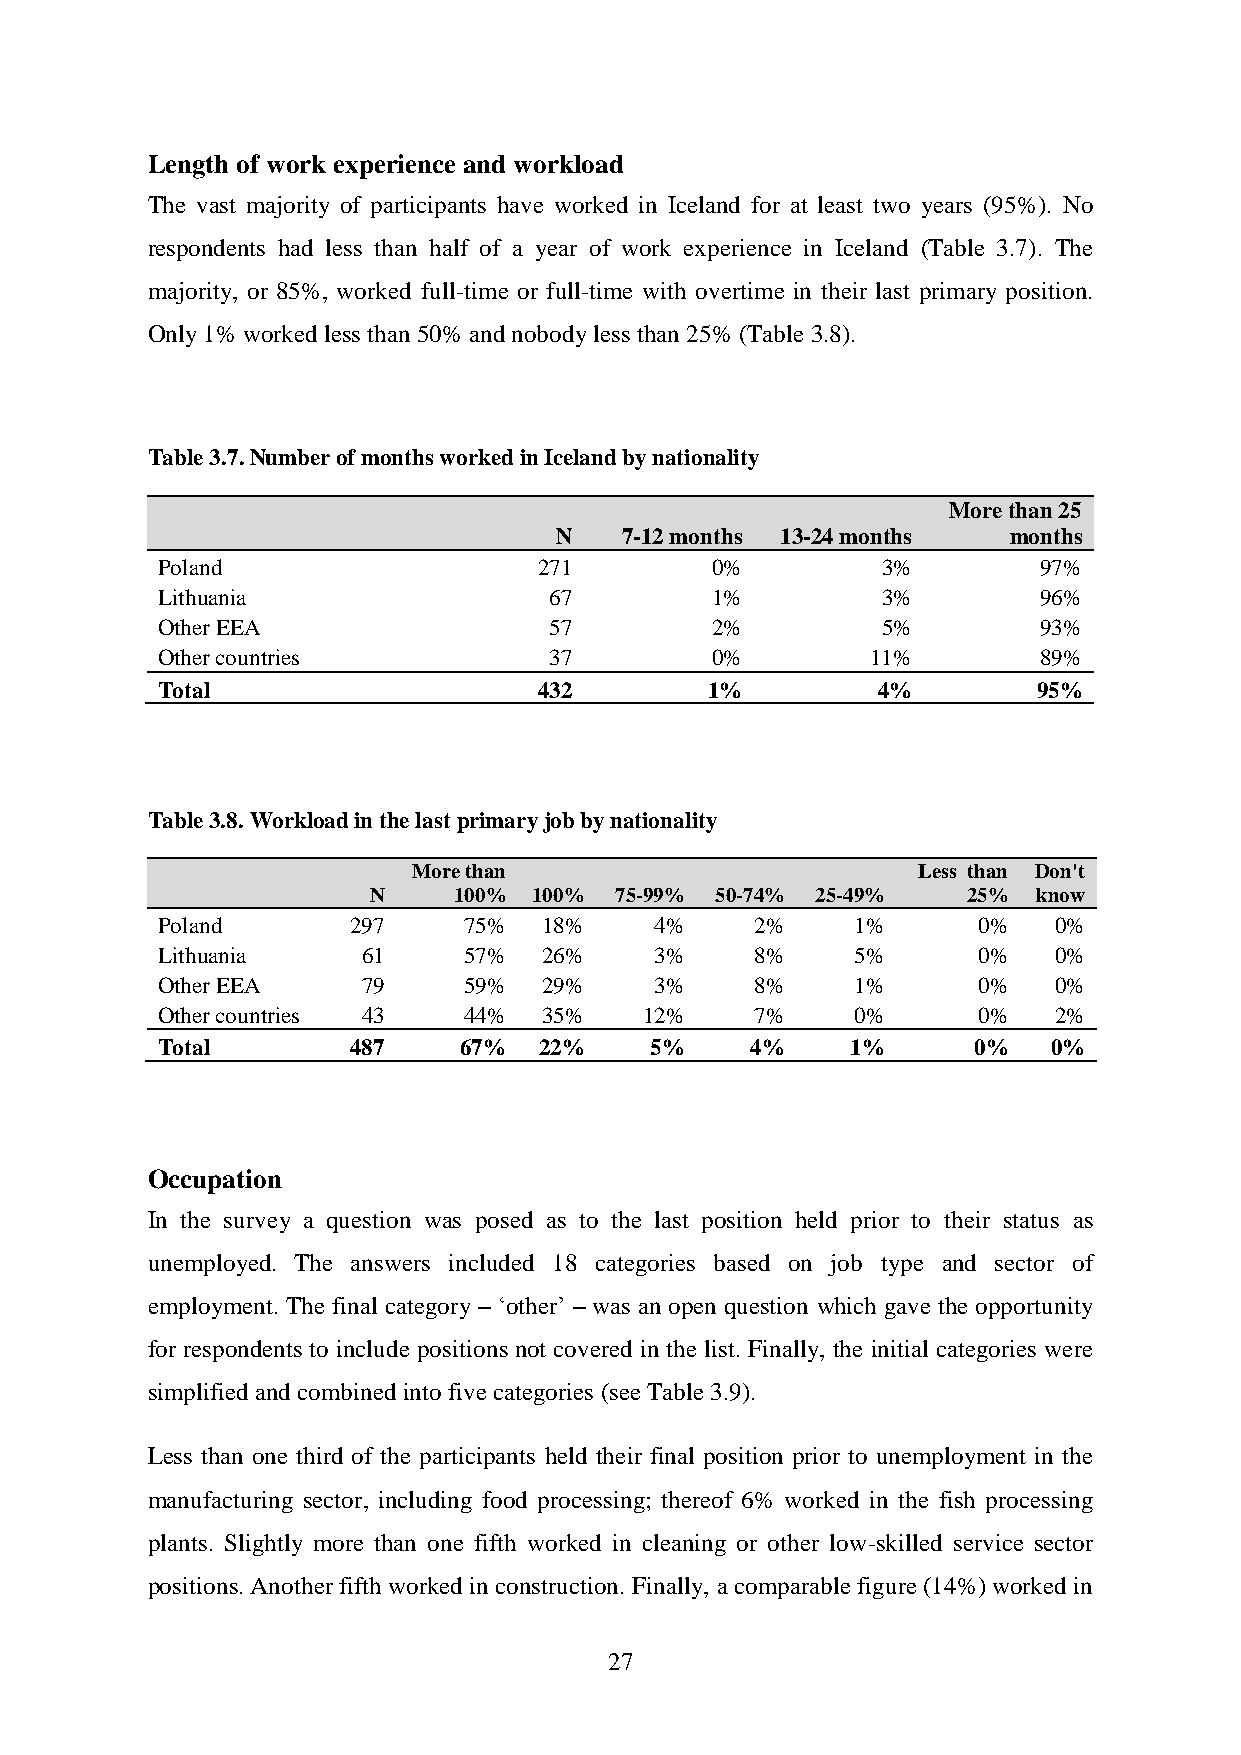
Length of work experience and workload
 The vast majority of participants have worked in Iceland for at least two years (95%). No
 respondents had less than half of a year of work experience in Iceland (Table 3.7). The
 majority, or 85%, worked full-time or full-time with overtime in their last primary position.
 Only 1% worked less than 50% and nobody less than 25% (Table 3.8).
 Table 3.7. Number of months worked in Iceland by nationality
 More than 25
 N   7-12 months 13-24 months  months
 Poland                    271        0%         3%         97%
 Lithuania                 67         1%         3%         96%
 Other EEA                 57         2%         5%         93%
 Other countries           37         0%         11%        89%
 Total                     432        1%         4%         95%
 Table 3.8. Workload in the last primary job by nationality
 More than                         Less than Don't
 N     100% 100%  75-99% 50-74% 25-49%   25%  know
 Poland       297     75%  18%    4%     2%     1%      0%   0%
 Lithuania     61     57%  26%    3%     8%     5%      0%   0%
 Other EEA     79     59%  29%    3%     8%     1%      0%   0%
 Other countries 43   44%  35%    12%    7%     0%      0%   2%
 Total        487    67%   22%    5%     4%    1%      0%    0%
 Occupation
 In the survey a question was posed as to the last position held prior to their status as
 unemployed. The answers included 18 categories based on job type and sector of
 employment. The final category – „other‟ – was an open question which gave the opportunity
 for respondents to include positions not covered in the list. Finally, the initial categories were
 simplified and combined into five categories (see Table 3.9).
 Less than one third of the participants held their final position prior to unemployment in the
 manufacturing sector, including food processing; thereof 6% worked in the fish processing
 plants. Slightly more than one fifth worked in cleaning or other low-skilled service sector
 positions. Another fifth worked in construction. Finally, a comparable figure (14%) worked in
 27